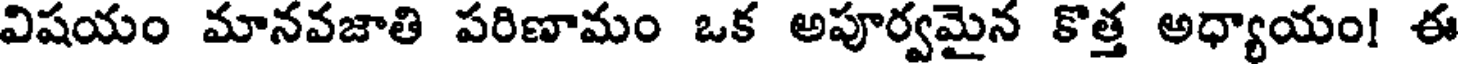
విషయం మానవజాతి పరిణామం ఒక అపూర్వమైన కొత్త అధ్యాయం! ఈ